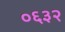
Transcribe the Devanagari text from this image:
०६३२